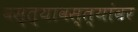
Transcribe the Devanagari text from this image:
वस्त्यावस्त्यांवर